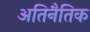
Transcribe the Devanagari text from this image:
अतिनैतिक